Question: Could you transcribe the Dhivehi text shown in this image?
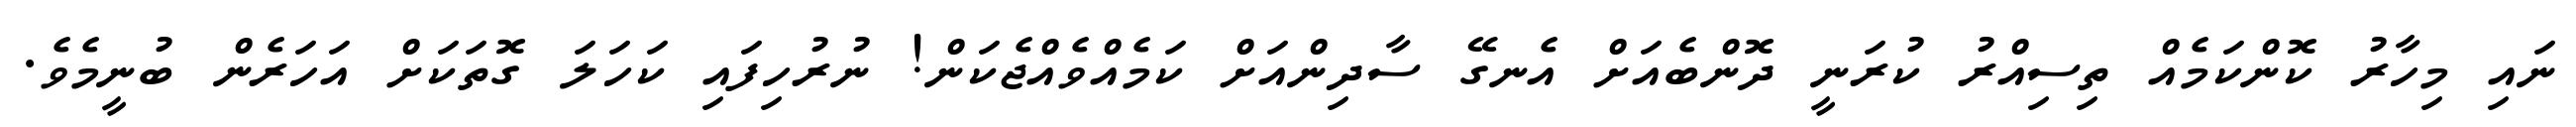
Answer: ނައި މިހާރު ކޮންކަމެއް ތިސިއްރު ކުރަނީ ދޮންބެއަށް އެނގޭ ސާދިންއަށް ކަމެއްވެއްޖެކަން! ނުރުހިފައި ކަހަލަ ގޮތަކަށް އަހަރެން ބުނީމެވެ.